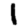
Digit: 1